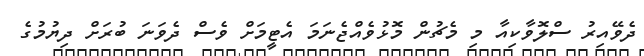
ދެވޭއިރު ސްލޮވާކިއާ މި މެޗުން މޮޅުވެއްޖެނަމަ އެޓީމަށް ވެސް ދެވަނަ ބުރަށް ދިޔުމުގެ